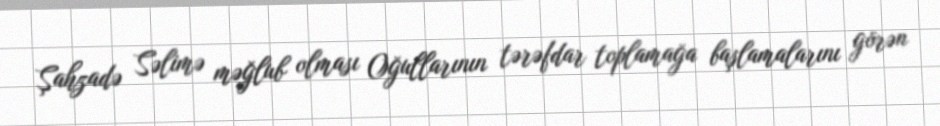
Şahzadə Səlimə məğlub olması Oğullarının tərəfdar toplamağa başlamalarını görən